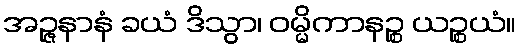
အဉ္ဇနာနံ ခယံ ဒိသွာ၊ ဝမ္မိကာနဉ္စ ယဉ္စယံ။